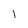
Character: l